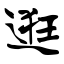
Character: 逛